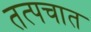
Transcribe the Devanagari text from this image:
तत्पचात